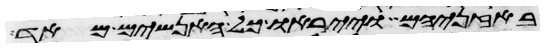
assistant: באזניהם וייראו כל האנשים מאד